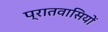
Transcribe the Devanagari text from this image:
प्रातवासियों